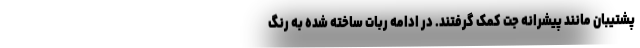
پشتیبان مانند پیشرانه جت کمک گرفتند. در ادامه ربات ساخته شده به رنگ